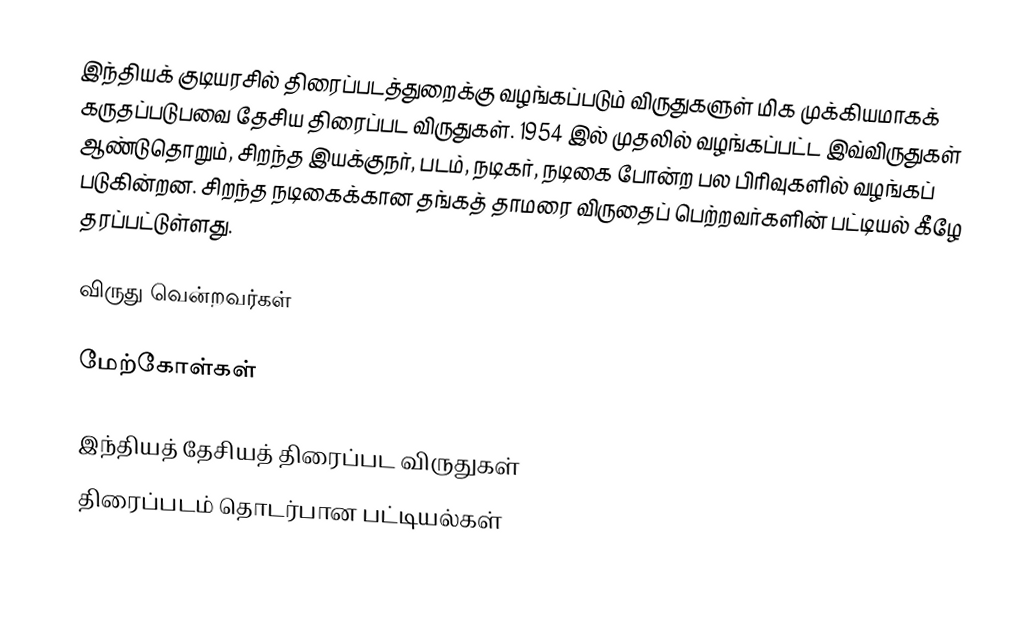
இந்தியக் குடியரசில் திரைப்படத்துறைக்கு வழங்கப்படும் விருதுகளுள் மிக முக்கியமாகக் கருதப்படுபவை தேசிய திரைப்பட விருதுகள். 1954 இல் முதலில் வழங்கப்பட்ட இவ்விருதுகள் ஆண்டுதொறும், சிறந்த இயக்குநர், படம், நடிகர், நடிகை போன்ற பல பிரிவுகளில் வழங்கப் படுகின்றன. சிறந்த நடிகைக்கான தங்கத் தாமரை விருதைப் பெற்றவர்களின் பட்டியல் கீழே தரப்பட்டுள்ளது.

விருது வென்றவர்கள்

மேற்கோள்கள்

இந்தியத் தேசியத் திரைப்பட விருதுகள்
திரைப்படம் தொடர்பான பட்டியல்கள்